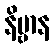
နိဗ္ဗာန